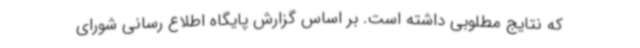
که نتایج مطلوبی داشته است. بر اساس گزارش پایگاه اطلاع رسانی شورای